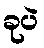
ခုပဲ